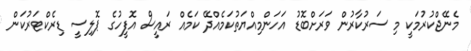
މެނޭޖްކުރުމަކީ މި ސަރުކާރުން ވަރަށްބޮޑު އަހަންމިއްޔަތުކަމެއްދޭ ކަމެއް ރައީސް އޮފީހުގެ ޕޮލިސީ ޑިރެކްޓަރުކަން